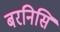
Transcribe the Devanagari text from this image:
बरनिसि